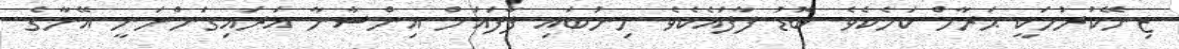
ޒިނޭކުރުމަކީ ޙަރާމް ކަމެކެވެ. ބޮޑު ފާފައެކެވެ. މިނުބައި ފާފައަށް އިންސާނާ އަރައިގަންނަނީ އޭނާގެ